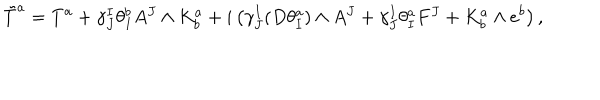
LaTeX: \tilde { T } ^ { a } = T ^ { a } + \gamma _ { J } ^ { I } \theta _ { I } ^ { b } A ^ { J } \wedge K _ { b } ^ { a } + i \left( \gamma _ { J } ^ { I } ( D \theta _ { I } ^ { a } ) \wedge A ^ { J } + \gamma _ { J } ^ { I } \theta _ { I } ^ { a } F ^ { J } + K _ { b } ^ { a } \wedge e ^ { b } \right) ,